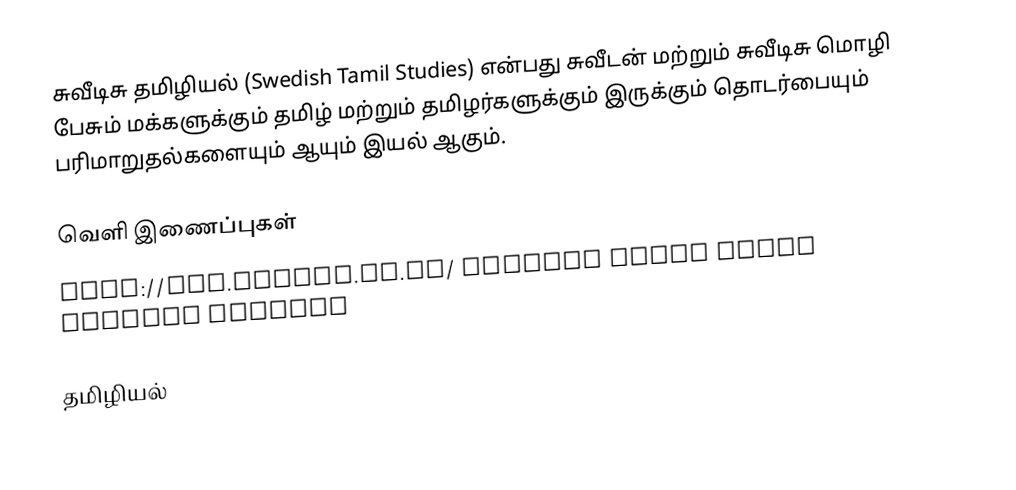
சுவீடிசு தமிழியல் (Swedish Tamil Studies) என்பது சுவீடன் மற்றும் சுவீடிசு  மொழி பேசும் மக்களுக்கும் தமிழ் மற்றும் தமிழர்களுக்கும் இருக்கும் தொடர்பையும் பரிமாறுதல்களையும் ஆயும் இயல் ஆகும்.

வெளி இணைப்புகள்
 http://www.sasnet.lu.se/ Swedish South Asian Studies Network

தமிழியல்